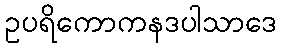
ဥပရိကောကနဒပါသာဒေ